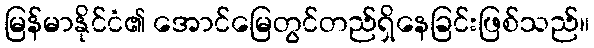
မြန်မာနိုင်ငံ၏ အောင်မြေတွင်တည်ရှိနေခြင်းဖြစ်သည်။